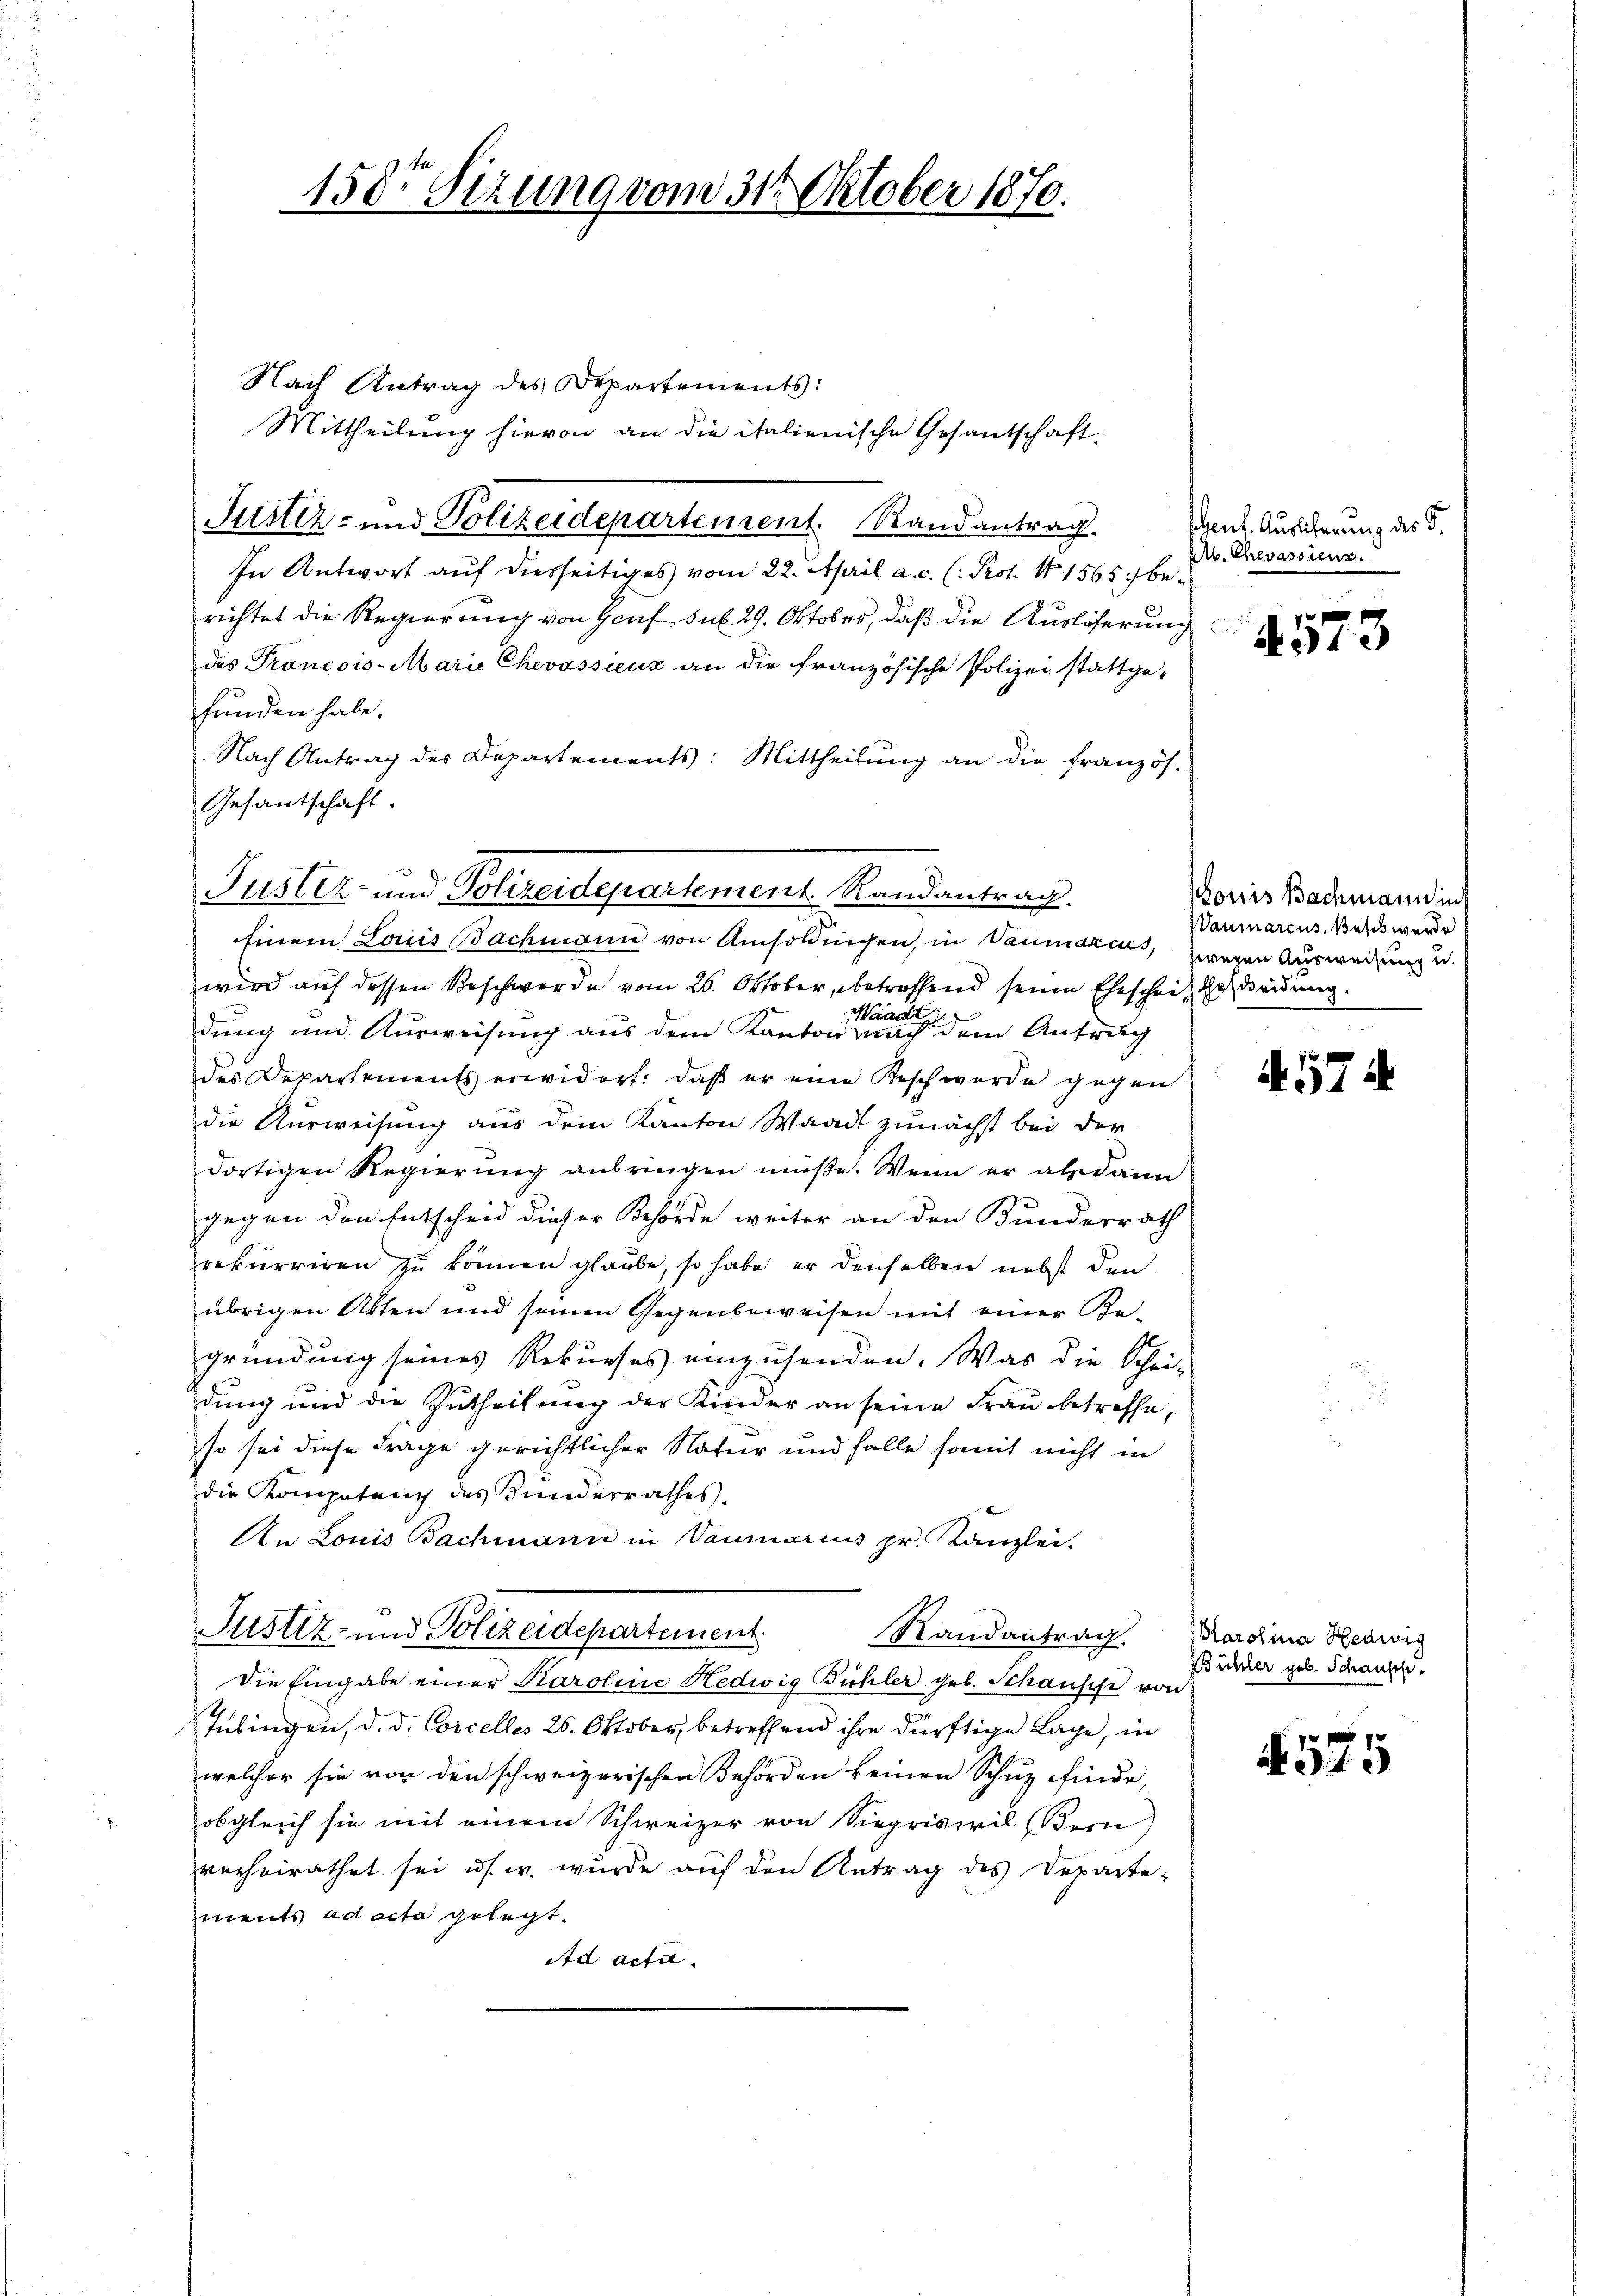
Nach Antrag des Departements:
Mittheilung hievon an die italienische Gesantschaft.
In Antwort auf diesseitiges vom 22. April a. c. (: Prot. 11 1565 :/ berichtes die Regierung von Genf sub. 29. Oktober, daß die Auslöserung d
des Prancois-Marie Chevassieux an die französische Polizei stattge-
funden habe.
Nach Antrag des Departements: Mittheilung an die französ.
Gesantschaft

158. Sitzung vom 31. Oktober 1870.

Justiz- und Polizeidepartement. Randantrag.

Puster- und Polizeidepartement. Randantrag.
Einem Louis Bachmann von Amsoldungen, in Vaumarius, zweyen Ausweisung u.

wird auf dessen Beschwerde vom 26. Oktober, betreffend seine Ehescheit geheidung.
Waadt
dung und Ausweisung aus dem Kanton nach dem Antrag
des Departements erwidert: daß er eine Besch wurde gegen
die Ausweisung aus dem Kanton Waadt zunächst bei der
dortigen Regierung anbringen müße. Wenn er alsdann
gegen den Entscheid dieser Behörde weiter an den Bundesrath
rekurriren zu können glaube, so habe er denselben nebst den
übrigen Akten und seinen Gegenbeweisen mit einer Be-
gründung seines Rekurses einzusenden. Was die Schei-
dung und die Zutheilung der Kinder an seine Frau betreffe,
so sei diese Frage gerichtlicher Natur und Falle somit nicht in
die Kompetenz des Kundesrathes.
An Louis Bachmann in Vaniarius pr. Kanzlei-
Justiz- und Polizeidepartement
Randantrag Karolina Hedwig
Die Eingabe einer Karoline Hedwig Bühler geb. Schausse von
4
Tübingen, d. d. Corcelles 26. Oktober, betreffend ihre dürftige Lage, in
welcher sie von den schweizerischen Behörden keinen Schuz finde,
obgleich sie mit einem Schweizer von Siegriswil (Bern)
verheirathet sei u.s. w. wurde auf den Antrag des Departe-
ments ad acta gelegt.
Ad acti

sent. Auslicherung des S.
MM. Chevassieur.

e
A013

Ponis Bachmann int
Waumarcus. Beschwerde

it. 57

Bühler geb. Schausp.

575